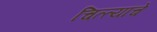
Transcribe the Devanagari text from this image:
चित्त्यांचे